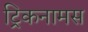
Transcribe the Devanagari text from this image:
ट्रिकनामस